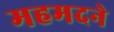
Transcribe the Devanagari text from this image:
महमदने